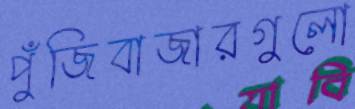
পুঁজিবাজারগুলো